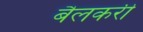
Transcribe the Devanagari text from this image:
बैलकरी